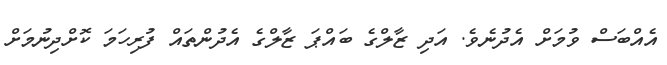
އެއްބަސް ވުމަށް އެދުނެވެ. އަދި ޒާލްގެ ބައްޕަ ޒާލްގެ އެދުންތައް ފުރިހަމަ ކޮށްދިނުމަށް